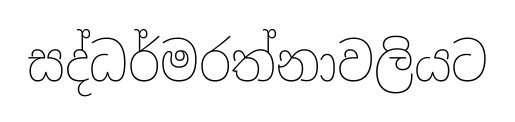
සද්ධර්මරත්නාවලියට